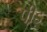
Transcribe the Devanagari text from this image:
पीड़